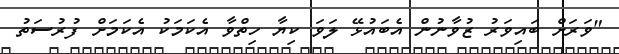
"ވަރަށް ބައިވަރު ޒުވާނުން އެބައުޅޭ ލަވަ ކިޔާ ހިތްވާ އެކަމަކު އެކަމަށް ފުރުސަތު